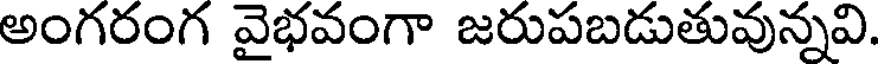
అంగరంగ వైభవంగా జరుపబడుతువున్నవి.